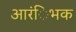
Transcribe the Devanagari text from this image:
आरंिभक